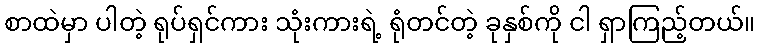
စာထဲမှာ ပါတဲ့ ရုပ်ရှင်ကား သုံးကားရဲ့ ရုံတင်တဲ့ ခုနှစ်ကို ငါ ရှာကြည့်တယ်။